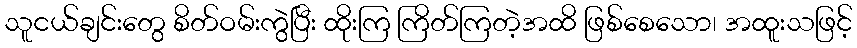
သူငယ်ချင်းတွေ စိတ်ဝမ်းကွဲပြီး ထိုးကြ ကြိတ်ကြတဲ့အထိ ဖြစ်စေသော၊ အထူးသဖြင့်